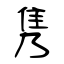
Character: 隽